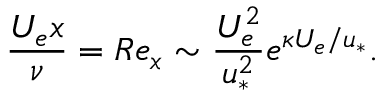
\frac { U _ { e } x } { \nu } = R e _ { x } \sim \frac { U _ { e } ^ { 2 } } { u _ { * } ^ { 2 } } e ^ { \kappa U _ { e } / u _ { * } } .